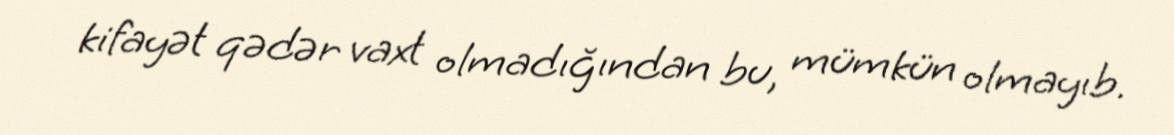
kifayət qədər vaxt olmadığından bu, mümkün olmayıb.